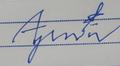
Signature authenticity: forged